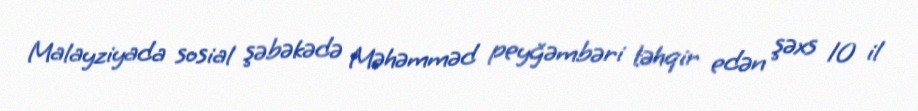
Malayziyada sosial şəbəkədə Məhəmməd peyğəmbəri təhqir edən şəxs 10 il